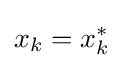
x_{k}=x_{k}^{*}